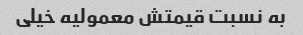
به نسبت قیمتش معمولیه خیلی